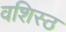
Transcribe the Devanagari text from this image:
वशिस्ठ